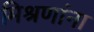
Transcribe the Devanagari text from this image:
मिश्रणांना